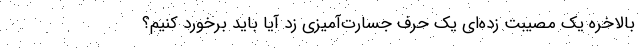
بالاخره یک مصیبت زده‌ای یک حرف جسارت‌آمیزی زد آیا باید برخورد کنیم؟